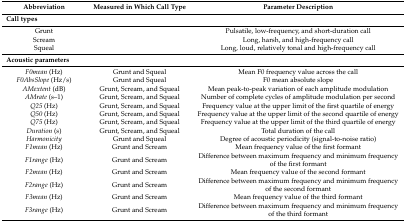
<table><thead><tr><td><b>Abbreviation</b></td><td><b>Measured in Which Call Type</b></td><td><b>Parameter Description</b></td></tr></thead><tbody><tr><td colspan="3"><b>Call types</b></td></tr><tr><td>Grunt</td><td></td><td>Pulsatile, low-frequency, and short-duration call</td></tr><tr><td>Scream</td><td></td><td>Long, harsh, and high-frequency call</td></tr><tr><td>Squeal</td><td></td><td>Long, loud, relatively tonal and high-frequency call</td></tr><tr><td colspan="3"><b>Acoustic parameters</b></td></tr><tr><td><i>F0mean</i> (Hz)</td><td>Grunt and Squeal</td><td>Mean F0 frequency value across the call</td></tr><tr><td><i>F0AbsSlope</i> (Hz/s)</td><td>Grunt and Squeal</td><td>F0 mean absolute slope</td></tr><tr><td><i>AMextent</i> (dB)</td><td>Grunt, Scream, and Squeal</td><td>Mean peak-to-peak variation of each amplitude modulation</td></tr><tr><td><i>AMrate</i> (s–1)</td><td>Grunt, Scream, and Squeal</td><td>Number of complete cycles of amplitude modulation per second</td></tr><tr><td><i>Q25</i> (Hz)</td><td>Grunt, Scream, and Squeal</td><td>Frequency value at the upper limit of the first quartile of energy</td></tr><tr><td><i>Q50</i> (Hz)</td><td>Grunt, Scream, and Squeal</td><td>Frequency value at the upper limit of the second quartile of energy</td></tr><tr><td><i>Q75</i> (Hz)</td><td>Grunt, Scream, and Squeal</td><td>Frequency value at the upper limit of the third quartile of energy</td></tr><tr><td><i>Duration</i> (s)</td><td>Grunt, Scream, and Squeal</td><td>Total duration of the call</td></tr><tr><td><i>Harmonicity</i></td><td>Grunt and Squeal</td><td>Degree of acoustic periodicity (signal-to-noise ratio)</td></tr><tr><td><i>F1mean</i> (Hz)</td><td>Grunt and Scream</td><td>Mean frequency value of the first formant</td></tr><tr><td><i>F1range</i> (Hz)</td><td>Grunt and Scream</td><td>Difference between maximum frequency and minimum frequency of the first formant</td></tr><tr><td><i>F2mean</i> (Hz)</td><td>Grunt and Scream</td><td>Mean frequency value of the second formant</td></tr><tr><td><i>F2range</i> (Hz)</td><td>Grunt and Scream</td><td>Difference between maximum frequency and minimum frequency of the second formant</td></tr><tr><td><i>F3mean</i> (Hz)</td><td>Grunt and Scream</td><td>Mean frequency value of the third formant</td></tr><tr><td><i>F3range</i> (Hz)</td><td>Grunt and Scream</td><td>Difference between maximum frequency and minimum frequency of the third formant</td></tr></tbody></table>